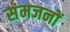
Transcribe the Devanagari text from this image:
संमजनों